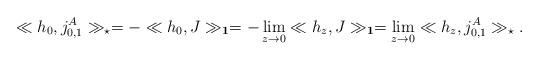
LaTeX: \begin{align*} \ll h_0,j_{0,1}^A\gg_\star = - \ll h_0, J \gg_{\bf 1} = - \lim_{z \to 0} \ll h_z, J\gg_{\bf 1} = \lim_{z \to 0} \ll h_z, j_{0,1}^A \gg_\star.\end{align*}